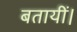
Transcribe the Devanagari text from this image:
बतायीं।